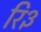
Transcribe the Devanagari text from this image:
रि३